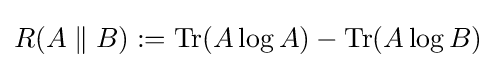
R(A\parallel B):=\operatorname {Tr} (A\log A)-\operatorname {Tr} (A\log B)